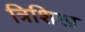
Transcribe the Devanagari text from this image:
त्रिशिख